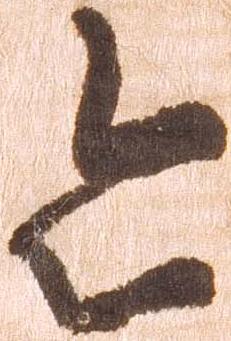
令